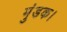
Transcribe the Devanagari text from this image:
मुंडक।